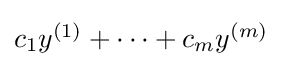
{\textstyle c_{1}y^{(1)}+\dots +c_{m}y^{(m)}}